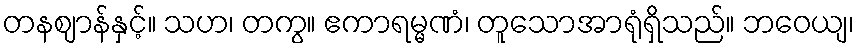
တနဈာန်နှင့်။ သဟ၊ တကွ။ ဧကာရမ္မဏံ၊ တူသောအာရုံရှိသည်။ ဘဝေယျ၊